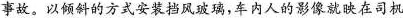
事故。以倾斜的方式安装挡风玻璃，车内人的影像就映在司机